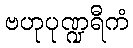
ဗဟုပုဏ္ဍရီကံ